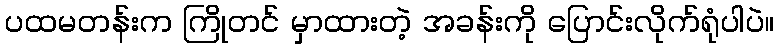
ပထမတန်းက ကြိုတင် မှာထားတဲ့ အခန်းကို ပြောင်းလိုက်ရုံပါပဲ။